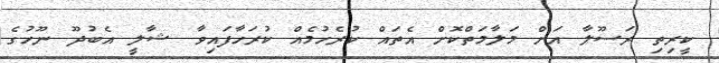
ކީރިތި ރަސޫލާ އަށް މަލާމަތްކޮށް އެތައް ކުރެހުމެއް ކުރަހާފައިވާ ޝާލީ އެބުދޫ ނޫހުގެ